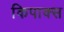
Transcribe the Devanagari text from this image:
किपाक्स